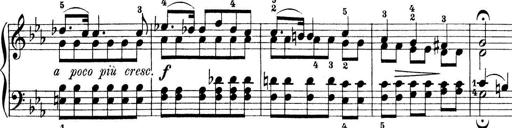
Title: Preis-Sonatine
Composer: Ernst James Bremner